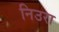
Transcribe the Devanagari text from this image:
निउरा